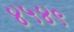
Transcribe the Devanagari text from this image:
४५४९